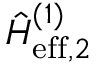
\hat { H } _ { \mathrm { e f f } , 2 } ^ { ( 1 ) }